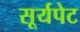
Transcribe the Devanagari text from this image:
सूर्यपेट